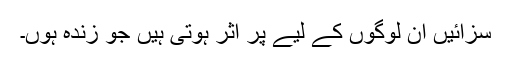
سزائیں اُن لوگوں کے لیے پُر اثر ہوتی ہیں جو زندہ ہوں۔